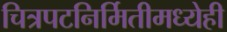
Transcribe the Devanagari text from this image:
चित्रपटनिर्मितीमध्येही